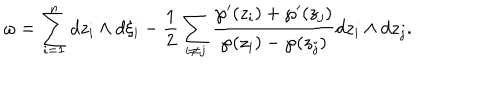
\omega = \sum _ { i = 1 } ^ { n } d z _ { i } \wedge d \xi _ { i } - \frac { 1 } { 2 } \sum _ { i \ne j } \frac { \wp ^ { \prime } ( z _ { i } ) + \wp ^ { \prime } ( z _ { j } ) } { \wp ( z _ { i } ) - \wp ( z _ { j } ) } d z _ { i } \wedge d z _ { j } .